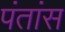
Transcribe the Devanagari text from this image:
पंतांस